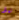
نمط